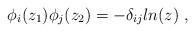
LaTeX: \begin{align*}\phi_i(z_1)\phi_j(z_2) = -\delta_{ij}ln(z) \; ,\end{align*}